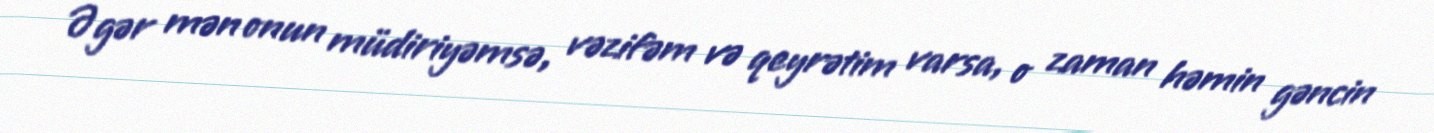
Əgər mən onun müdiriyəmsə, vəzifəm və qeyrətim varsa, o zaman həmin gəncin